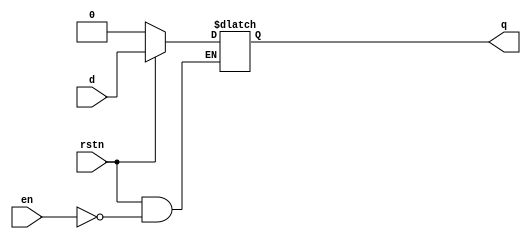
module d_latch ( input d,
                 input en,
                 input rstn,
                 output reg q);

    always @ (en or rstn or d)
        if (!rstn)
            q <= 0;
        else
            if (en)
                q <= d;
endmodule